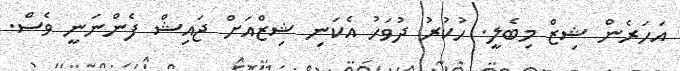
އަހަރެން ޝިޒް މިބެލީ. ހުކުރު ދުވަހު އެކަނި ޝިޒްއަށް ޖައިޝް ފެންނަނީ ވެސް.